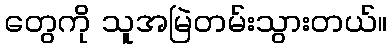
တွေကို သူအမြဲတမ်းသွားတယ်။